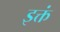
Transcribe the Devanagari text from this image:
इक्तं